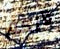
لأنكم